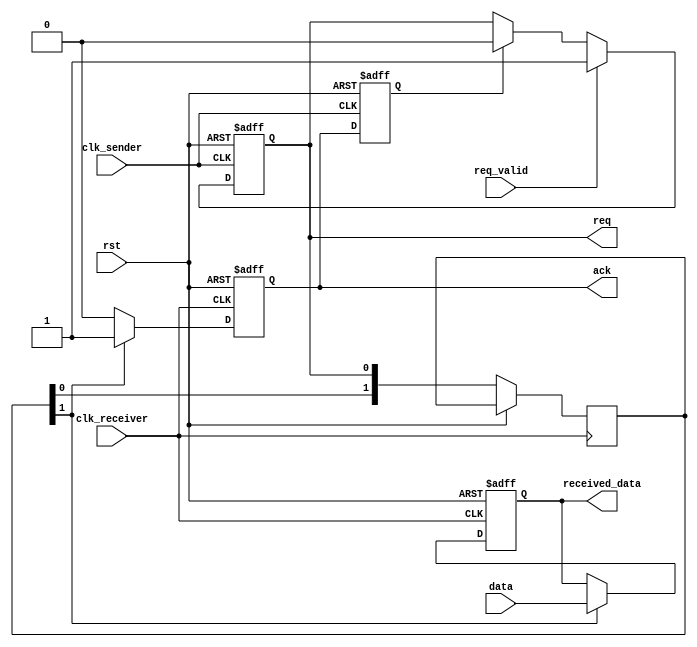
module handshake_synchronizer (
    input wire clk_sender,        // Clock for the sender domain
    input wire clk_receiver,      // Clock for the receiver domain
    input wire rst,               // Asynchronous reset
    input wire req_valid,         // Signal indicating data is valid to send
    input wire [7:0] data,        // Data to be sent (example width of 8 bits)
    output reg req,               // Request signal to the receiver
    output reg ack,               // Acknowledge signal from the receiver
    output reg [7:0] received_data // Data received at the sink
);

// Internal signals for the handshake
reg [1:0] req_sync;               // Synchronized request signal at receiver
reg ack_sync;                     // Synchronized acknowledge signal at sender

// Sender logic
always @(posedge clk_sender or posedge rst) begin
    if (rst) begin
        req <= 1'b0;
    end else if (req_valid) begin
        req <= 1'b1;               // Assert request when data is valid
    end else if (ack_sync) begin
        req <= 1'b0;               // De-assert request when acknowledged
    end
end

// Receiver logic
always @(posedge clk_receiver or posedge rst) begin
    if (rst) begin
        ack <= 1'b0;
        received_data <= 8'b0;
    end else begin
        // Sync request signal
        req_sync[0] <= req; // First stage of synchronization
        req_sync[1] <= req_sync[0]; // Second stage of synchronization
        
        if (req_sync[1]) begin
            received_data <= data; // Capture data when request is valid
            ack <= 1'b1;           // Assert acknowledge
        end else begin
            ack <= 1'b0;           // De-assert acknowledge
        end
    end
end

// Synchronizing the acknowledge signal back to sender's clock domain
always @(posedge clk_sender or posedge rst) begin
    if (rst) begin
        ack_sync <= 1'b0;
    end else begin
        ack_sync <= ack; // Synchronize ack signal into sender domain
    end
end

endmodule